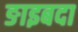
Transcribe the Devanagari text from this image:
ङाइबदा